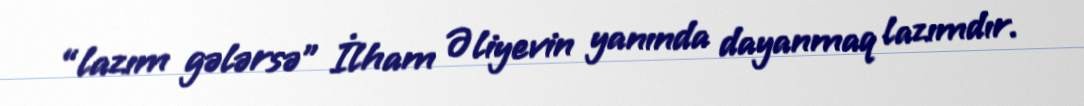
“lazım gələrsə” İlham Əliyevin yanında dayanmaq lazımdır.